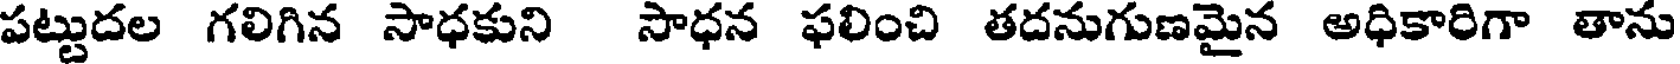
పట్టుదల గలిగిన సాధకుని సాధన ఫలించి తదనుగుణమైన అధికారిగా తాను